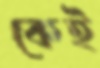
কেই